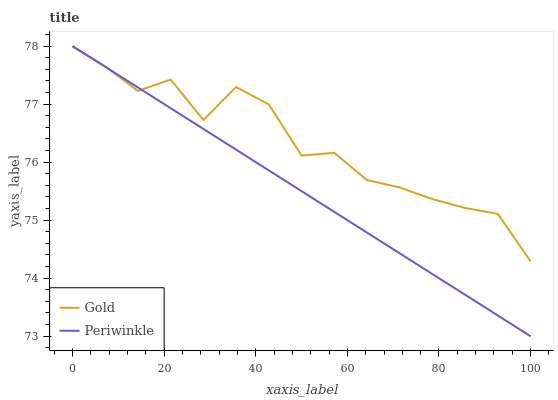
| xaxis_label | Gold | Periwinkle |
 | --- | --- | --- |
 | 0 | 78 | 78 |
 | 7.14 | 77.6 | 77.6 |
 | 14.3 | 77.2 | 77.3 |
 | 21.4 | 77.4 | 76.9 |
 | 28.6 | 76.7 | 76.6 |
 | 35.7 | 77.3 | 76.2 |
 | 42.9 | 77 | 75.9 |
 | 50 | 76.1 | 75.5 |
 | 57.1 | 76.2 | 75.1 |
 | 64.3 | 75.7 | 74.8 |
 | 71.4 | 75.6 | 74.4 |
 | 78.6 | 75.4 | 74.1 |
 | 85.7 | 75.2 | 73.7 |
 | 92.9 | 75.1 | 73.4 |
 | 100 | 74.3 | 73 |